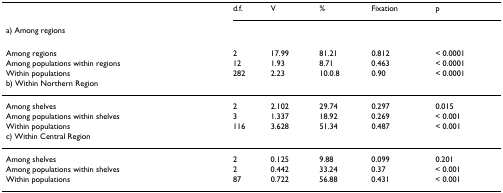
|  | d.f. | V | % | Fixation | p |
 | a) Among regions |  |  |  |  |  |
 | --- | --- | --- | --- | --- | --- |
 | Among regions | 2 | 17.99 | 81.21 | 0.812 | < 0.0001 |
 | Among populations within regions | 12 | 1.93 | 8.71 | 0.463 | < 0.0001 |
 | Within populations | 282 | 2.23 | 10.0.8 | 0.90 | < 0.0001 |
 | b) Within Northern Region |  |  |  |  |  |
 | Among shelves | 2 | 2.102 | 29.74 | 0.297 | 0.015 |
 | Among populations within shelves | 3 | 1.337 | 18.92 | 0.269 | < 0.001 |
 | Within populations | 116 | 3.628 | 51.34 | 0.487 | < 0.001 |
 | c) Within Central Region |  |  |  |  |  |
 | Among shelves | 2 | 0.125 | 9.88 | 0.099 | 0.201 |
 | Among populations within shelves | 2 | 0.442 | 33.24 | 0.37 | < 0.001 |
 | Within populations | 87 | 0.722 | 56.88 | 0.431 | < 0.001 |